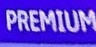
PREMIUM